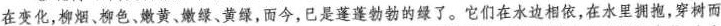
在变化，柳烟、柳色、嫩黄、嫩绿、黄绿，而今，已是蓬蓬勃勃的绿了。它们在水边相依，在水里拥抱，穿树而